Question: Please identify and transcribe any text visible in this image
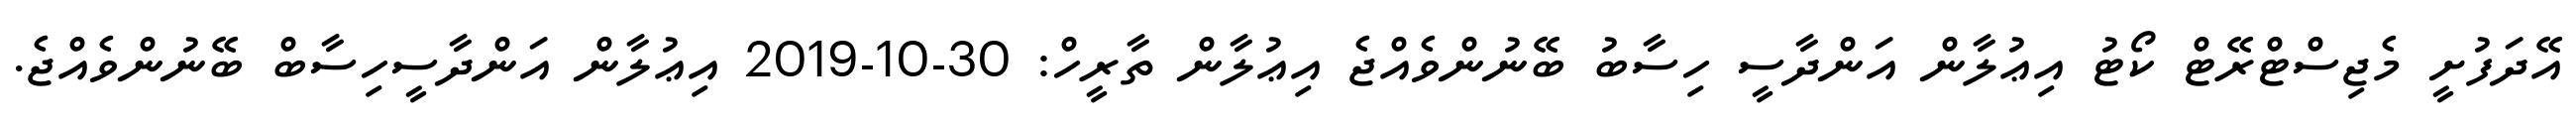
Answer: އޭދަފުށީ މެޖިސްޓްރޭޓް ކޯޓު އިޢުލާން އަންދާސީ ހިސާބު ބޭނުންވެއްޖެ އިޢުލާން ތާރީހް: 30-10-2019 އިޢުލާން އަންދާސީހިސާބް ބޭނުންވެއްޖެ.